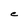
Character: C